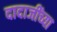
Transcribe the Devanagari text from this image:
दादाजींच्या